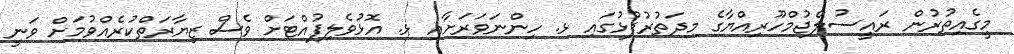
މީގެއިތުރުން ރައީސުލްޖުމްހޫރިއްޔާގެ މިދަތުރުފުޅުގައި ޅ. ހިންނަވަރަށާއި ޅ. އޮޅުވެލިފުއްޓަށް ވެސް ޒިޔާރަތްކުރެއްވުމަށް ވަނީ